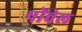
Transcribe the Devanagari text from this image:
पोंवेल